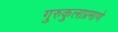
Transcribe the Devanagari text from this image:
गुरुकुलाप्रमाणे